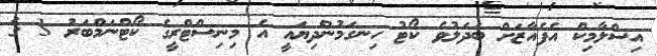
އިސްލާމިކް އެފެއާޒަށް ބަދަލުވެ ކޯޓު ހިނގަމުންދިޔައީ އެ މިނިސްޓްރީގެ ކޯޓްނަމްބަރު 3 ގެ